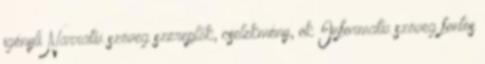
igényli Narratív szöveg szereplők, cselekmény, ok Informatív szöveg fontos